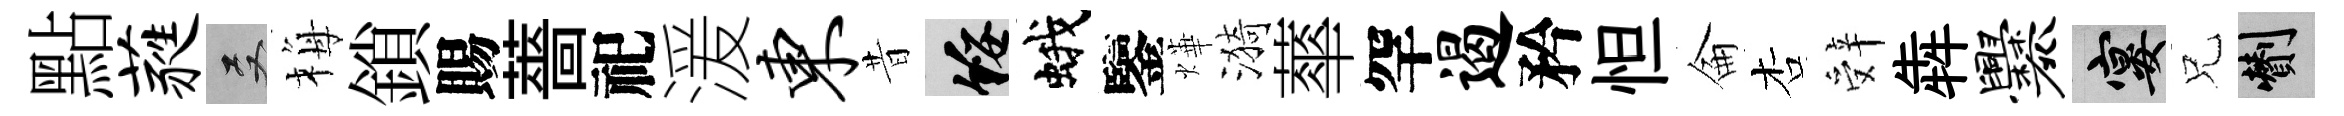
點蕤双梅鎖賜薔祀湲东昔綏蛾鑒燁漪蕐罕遏矜怛侖杏辤犇爨宴兄剪